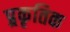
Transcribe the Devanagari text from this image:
प्र्रकृतिक